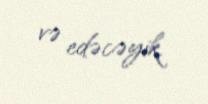
və edəcəyik.